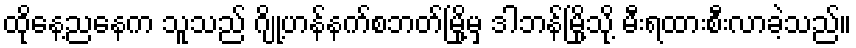
ထိုနေ့ညနေက သူသည် ဂျို့ဟန်နက်စဘတ်မြို့မှ ဒါဘန်မြို့သို့ မီးရထားစီးလာခဲ့သည်။